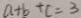
a + b + c = 3